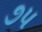
૭પ